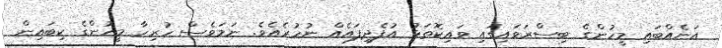
އަނެއްބައި މީހުންގެ ބިސްރަވައިގައި ވައިކޮތަޅު އުފެދިފައެއް ނުހުރެއެވެ. ނަމަވެސް ހުރިހާ މީހުންގެ ކިބައިން